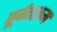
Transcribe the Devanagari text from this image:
पूर्वताक्रम